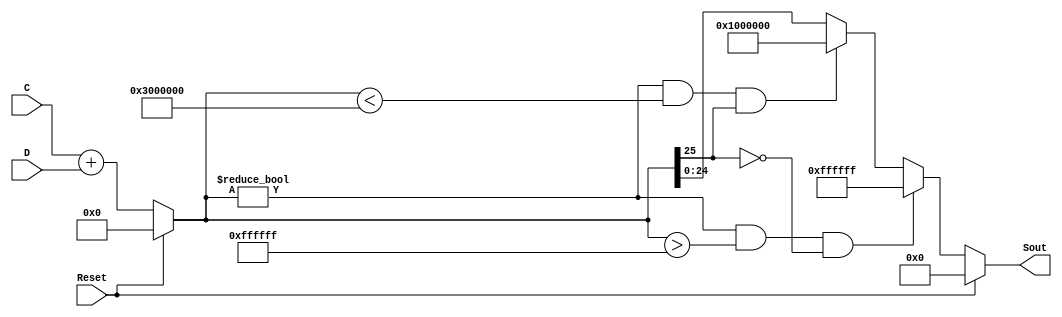
`timescale 1ns / 1ps
//////////////////////////////////////////////////////////////////////////////////
//	Laboratorio de Diseo Digital
// Proyecto de diseo #1
// Sumador
// Diego Brenes Martnez
// Francisco Chacn Cambronero
//////////////////////////////////////////////////////////////////////////////////
module Sumador #(parameter W = 25)(
	 input Reset,
    input wire signed [W-1:0] C,
    input wire signed [W-1:0] D,
    output reg signed [W-1:0] Sout
    );

	reg signed [W:0] R; //Registro para almacenar el resultado de la suma
	
	always @* begin
		if (Reset) begin
			Sout <= 25'b0;
			R <= 25'b0;
		end
		else begin
			R <= C + D;
			
			//Revisando R:
			
			if(R != 26'b0 && R > 26'h0FFFFFF && !R[W])	  //Overflow del positivo ms alto
				Sout <= 25'h0FFFFFF;								  //Asigna a la salida del sumador el positivo ms alto en "W" bits
			else if(R != 26'b0 && R < 26'h3000000 && R[W]) //Underflow del negativo ms bajo
				Sout <= 25'h1000000;								  //Asigna a la salida del sumador el negativo ms bajo en "W" bits
			else
				Sout[W-1:0] <= R[W-1:0]; //Si ninguna de las anteriores se cumple entonces slo asigna el resultado
								             //truncado a la salida del sumador
												 
		end
	end

endmodule